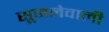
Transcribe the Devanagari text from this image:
सूजनेवाली